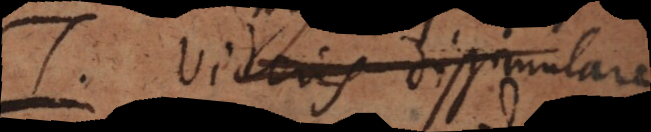
T. Videris dissimulare